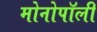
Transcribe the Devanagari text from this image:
मोनोपॉली